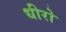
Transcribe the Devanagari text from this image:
धीरो